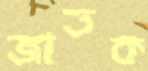
জাতক